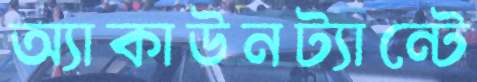
অ্যাকাউনট্যান্টে